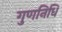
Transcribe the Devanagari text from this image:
गुणनिधि